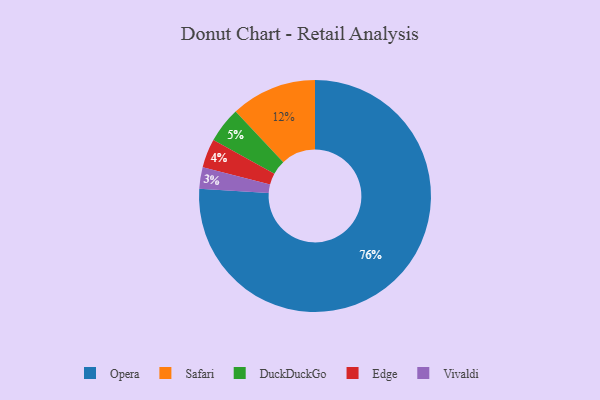
{"axis": {"x": "Category", "y": "Percentage"}, "legend": ["DuckDuckGo", "Edge", "Opera", "Safari", "Vivaldi"], "data": [{"x": "Safari", "y": 12, "type": "Safari"}, {"x": "Opera", "y": 76, "type": "Opera"}, {"x": "Edge", "y": 4, "type": "Edge"}, {"x": "DuckDuckGo", "y": 5, "type": "DuckDuckGo"}, {"x": "Vivaldi", "y": 3, "type": "Vivaldi"}]}